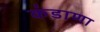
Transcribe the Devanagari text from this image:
कंडाणा